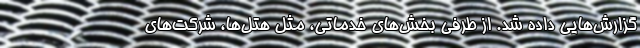
گزارش‌هایی داده شد. از طرفی بخش‌های خدماتی، مثل هتل‌ها، شرکت‌های